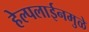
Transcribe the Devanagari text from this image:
हेल्पलाईनमुळे